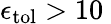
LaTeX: \epsilon_{\mathrm{{tol}}}>10\